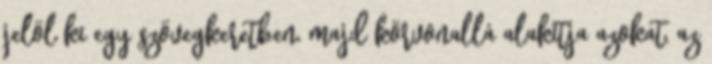
jelöl ki egy szövegkeretben, majd körvonallá alakítja azokat, az